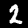
Label: 2